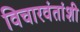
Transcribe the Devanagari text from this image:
विचारवंतांशी